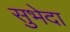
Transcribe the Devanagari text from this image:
सुभेदा